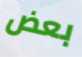
بعض